Notes on the propagation and cultivation of the medicinal cinchonas, or Peruvian bark trees
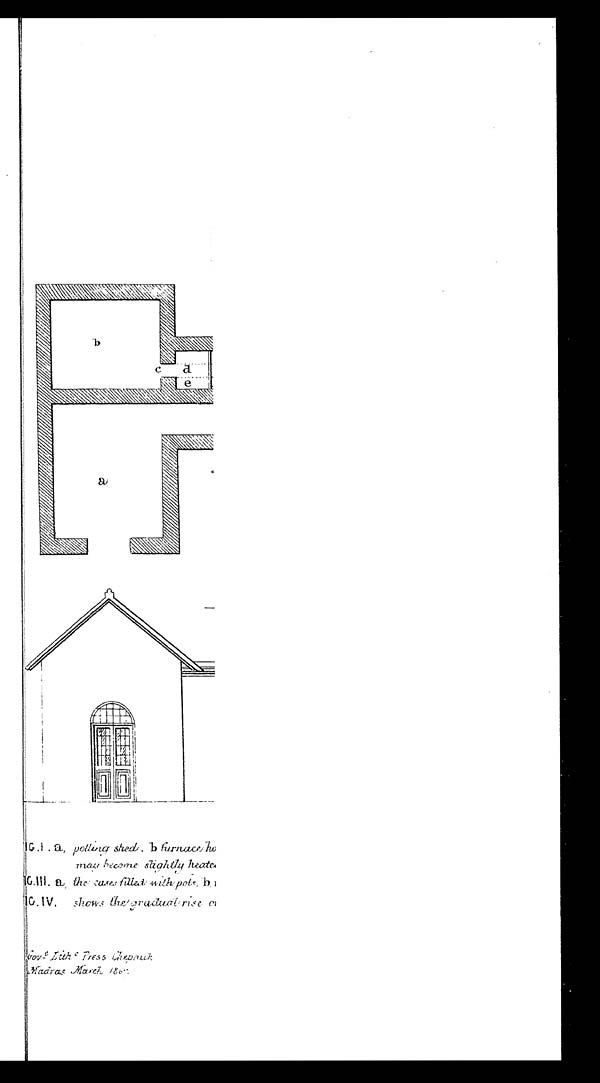
may become slightly heater
10.III. a the cases filled with pots b.
10. IV. s h o w s t h e
g r a d u a l r i s e o
G o v t L i t h o P r e s s C h e p a u k
Madras March 18